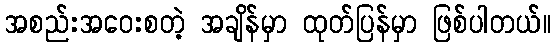
အစည်းအဝေးစတဲ့ အချိန်မှာ ထုတ်ပြန်မှာ ဖြစ်ပါတယ်။